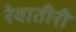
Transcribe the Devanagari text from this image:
रेवातीरी